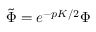
\tilde { \Phi } = e ^ { - p { \cal K } / 2 } \Phi